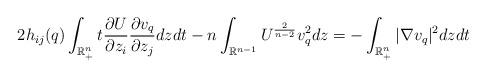
LaTeX: \begin{align*}2h_{ij}(q)\int_{\mathbb{R}_{+}^{n}}t\frac{\partial U}{\partial z_{i}}\frac{\partial v_{q}}{\partial z_{j}}dzdt-n\int_{\mathbb{R}^{n-1}}U^{\frac{2}{n-2}}v_{q}^{2}dz=-\int_{\mathbb{R}_{+}^{n}}|\nabla v_{q}|^{2}dzdt\end{align*}